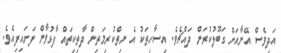
އަދިވެސް އޭނާއަށް ގަބޫލުކުރަން ދައްޗެވެ. އިސާހިތަކު އެ ނިތްކުރިމަތިން ދާތިކިތައް ފާޅުވާން ފަށައިފިއެވެ.